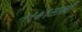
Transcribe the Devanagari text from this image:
१९७९साली